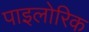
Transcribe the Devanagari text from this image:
पाइलोरिक